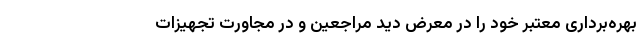
بهره‌برداری معتبر خود را در معرض دید مراجعین و در مجاورت تجهیزات